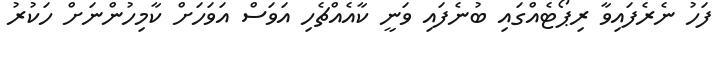
ފަހު ނެރެފައިވާ ރިޕޯޓެއްގައި ބުނެފައި ވަނީ ކާއެއްޗެހި އަވަސް އަވަހަށް ކާމިހުންނަށް ހަކުރު